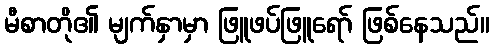
မီစာတို၏ မျက်နှာမှာ ဖြူဖပ်ဖြူရော် ဖြစ်နေသည်။